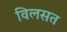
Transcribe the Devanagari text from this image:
विलसत